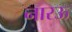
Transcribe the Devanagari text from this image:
नारऊ